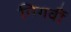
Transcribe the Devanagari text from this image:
निगर्वी